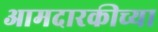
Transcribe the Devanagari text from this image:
आमदारकीच्या